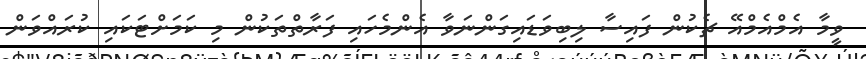
ވީމާ އެމްއެމްއޭ ޗެކުން ފައިސާ ލިބިވަޑައިގަންނަވާ އެންމެހައި ފަރާތްތަކުން މި ކަމަށްޓަކައި ކުރައްވަން